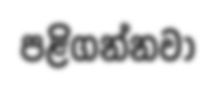
පළිගන්නවා